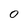
Character: 0